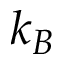
k _ { B }